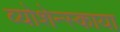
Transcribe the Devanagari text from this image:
व्योशेन्स्काया